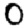
Digit: 0